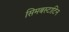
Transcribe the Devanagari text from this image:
सिमबस्टाटिन